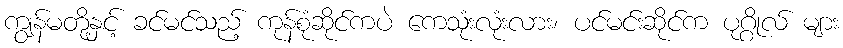
ကျွန်မတို့နှင့် ခင်မင်သည့် ကုန်စုံဆိုင်ကပဲ ကေသုံးလုံးလား၊ ပင်မင်းဆိုင်က ပုဂ္ဂိုလ် များ